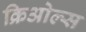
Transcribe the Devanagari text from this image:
क्रिओल्स